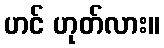
ဟင် ဟုတ်လား။